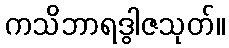
ကသိဘာရဒွါဇသုတ်။